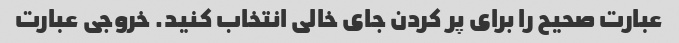
عبارت صحیح را برای پر کردن جای خالی انتخاب کنید. خروجی عبارت